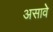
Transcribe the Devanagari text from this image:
असावेे